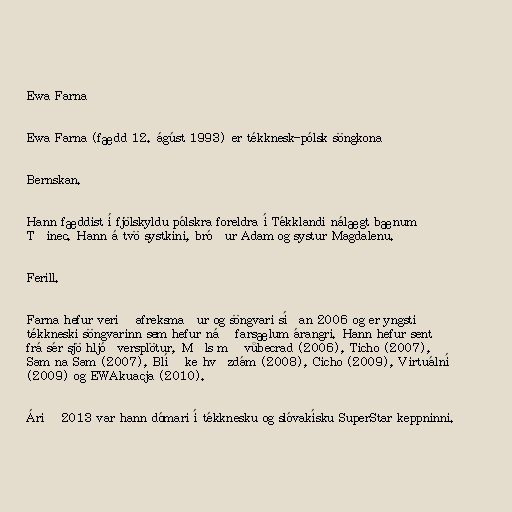
Ewa Farna

Ewa Farna (fædd 12. ágúst 1993) er tékknesk-pólsk söngkona

Bernskan.

Hann fæddist í fjölskyldu pólskra foreldra í Tékklandi nálægt bænum
Třinec. Hann á tvö systkini, bróður Adam og systur Magdalenu.

Ferill.

Farna hefur verið afreksmaður og söngvari síðan 2006 og er yngsti
tékkneski söngvarinn sem hefur náð farsælum árangri. Hann hefur sent
frá sér sjö hljóðversplötur, Měls mě vůbecrad (2006), Ticho (2007),
Sam na Sam (2007), Blíž ke hvězdám (2008), Cicho (2009), Virtuální
(2009) og EWAkuacja (2010).

Árið 2013 var hann dómari í tékknesku og slóvakísku SuperStar keppninni.